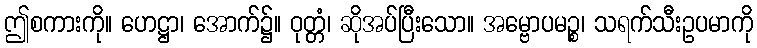
ဤစကားကို။ ဟေဋ္ဌာ၊ အောက်၌။ ဝုတ္တံ၊ ဆိုအပ်ပြီးသော။ အမ္ဗောပမဉ္စ၊ သရက်သီးဥပမာကို